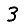
Digit: 3